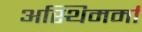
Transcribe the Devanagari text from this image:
अस्थिमर्मा